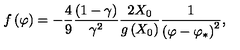
f \left( \varphi \right) = - \frac { 4 } { 9 } \frac { \left( 1 - \gamma \right) } { \gamma ^ { 2 } } \frac { 2 X _ { 0 } } { g \left( X _ { 0 } \right) } \frac { 1 } { \left( \varphi - \varphi _ { * } \right) ^ { 2 } } ,